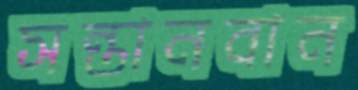
সন্তানবান